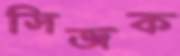
সিজক